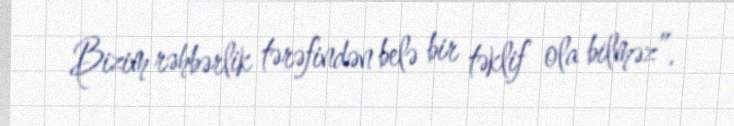
Bizim rəhbərlik tərəfindən belə bir təklif ola bilməz”.